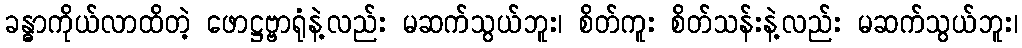
ခန္ဓာကိုယ်လာထိတဲ့ ဖောဋ္ဌဗ္ဗာရုံနဲ့လည်း မဆက်သွယ်ဘူး၊ စိတ်ကူး စိတ်သန်းနဲ့လည်း မဆက်သွယ်ဘူး၊